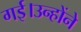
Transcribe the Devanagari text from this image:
गई।उन्होंने